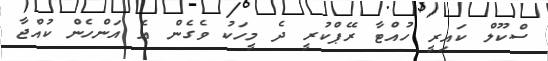
ސްކޫލް ކައިރީ ހުއްޓާ ރޭޕްކުރީ ދެ މީހަކު ވެގެން އެ އަންހެން ކުއްޖާ